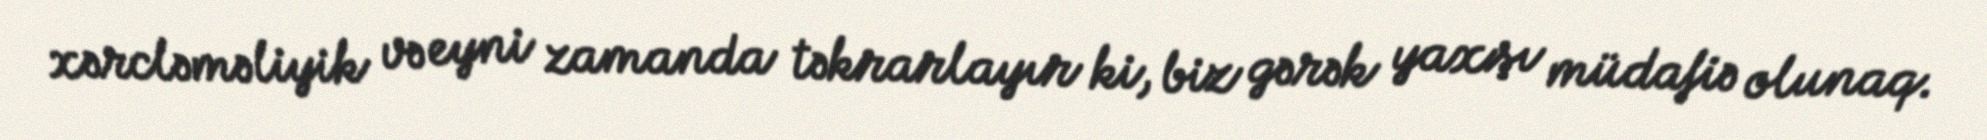
xərcləməliyik və eyni zamanda təkrarlayır ki, biz gərək yaxşı müdafiə olunaq.